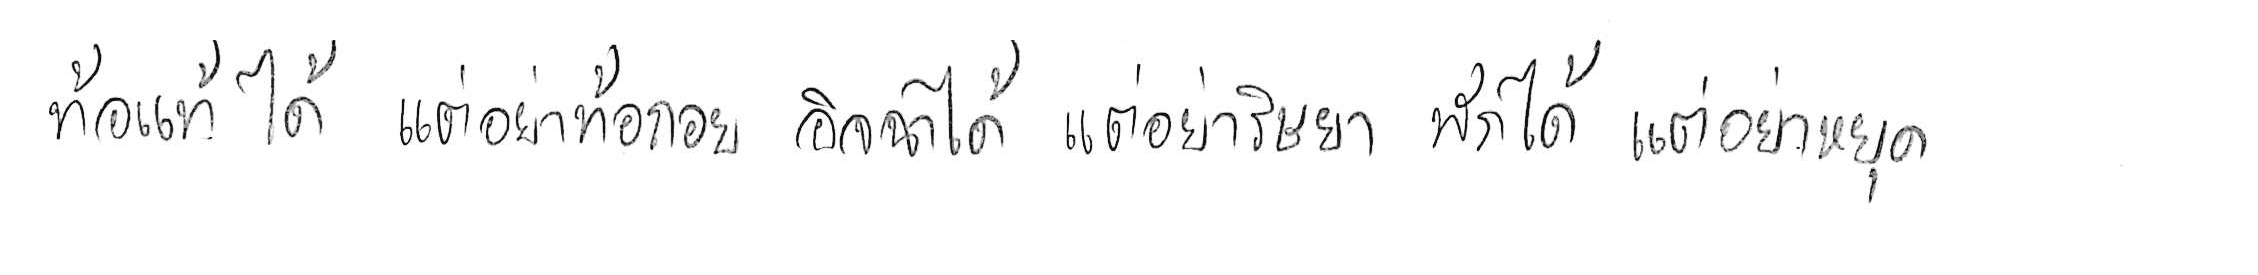
ท้อแท้ได้ แต่อย่าท้อถอย อิจฉาได้ แต่อย่าริษยา พักได้ แต่อย่าหยุด